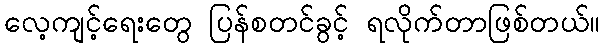
လေ့ကျင့်ရေးတွေ ပြန်စတင်ခွင့် ရလိုက်တာဖြစ်တယ်။